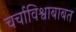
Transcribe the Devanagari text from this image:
चर्चाविश्वाबाबत